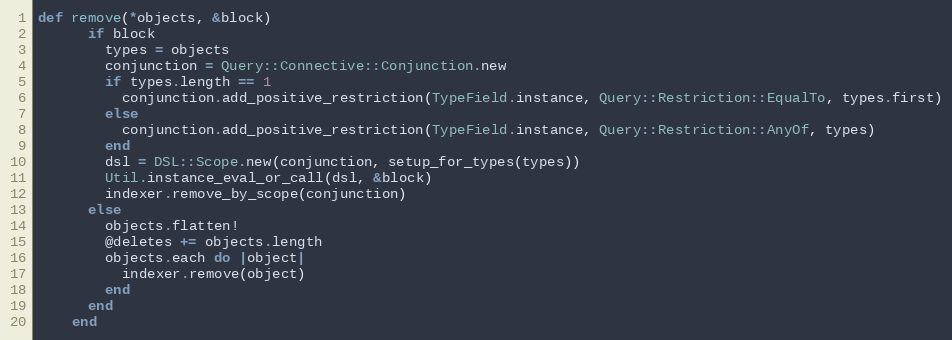
Language: Ruby
def remove(*objects, &block)
      if block
        types = objects
        conjunction = Query::Connective::Conjunction.new
        if types.length == 1
          conjunction.add_positive_restriction(TypeField.instance, Query::Restriction::EqualTo, types.first)
        else
          conjunction.add_positive_restriction(TypeField.instance, Query::Restriction::AnyOf, types)
        end
        dsl = DSL::Scope.new(conjunction, setup_for_types(types))
        Util.instance_eval_or_call(dsl, &block)
        indexer.remove_by_scope(conjunction)
      else
        objects.flatten!
        @deletes += objects.length
        objects.each do |object|
          indexer.remove(object)
        end
      end
    end